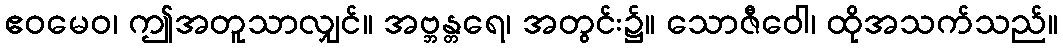
ဧဝမေဝ၊ ဤအတူသာလျှင်။ အဗ္ဘန္တရေ၊ အတွင်း၌။ သောဇီဝေါ၊ ထိုအသက်သည်။